Civil Veterinary Dept. Bombay admin report 1932-41 - 1932-1941
Year: 1932
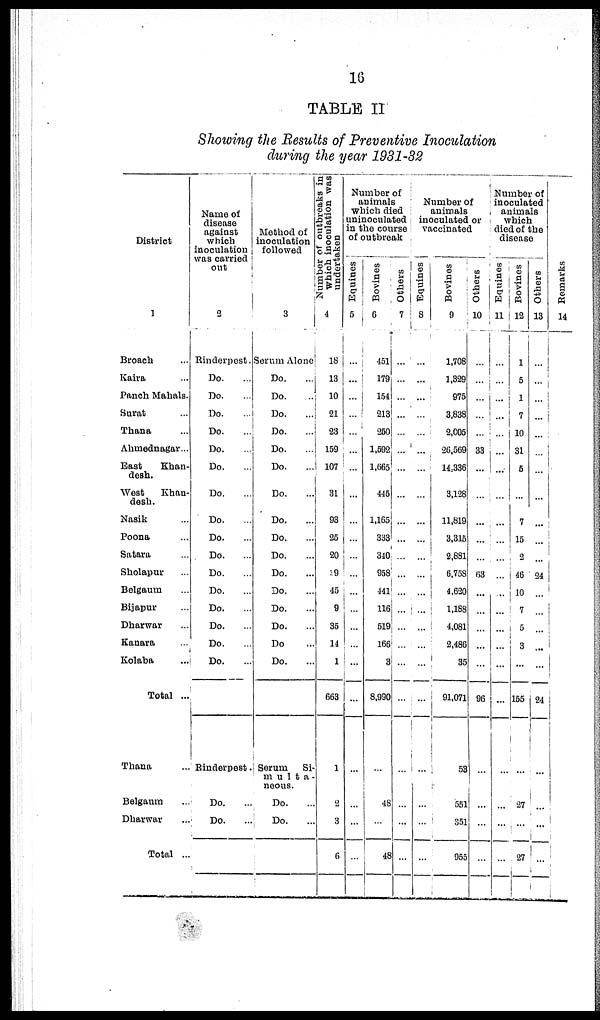
16
TABLE II
Showing the Results of Preventive Inoculation
during the year 1931-32
District
1
Broach ...
Kaira ...
Panch Mahals.
Surat ...
Thana ...
Ahmednagar...
East
Khan-
desh.
West
Khan-
desh.
Nasik ...
Poona ...
Satara ...
Sholapur ...
Belgaum ...
Bijapur ...
Dharwar ...
Kanara ...
Kolaba ...
Total ..
Thana ...
Belgaum ...
Dharwar ...
Total ..
Name of
disease
against
which
inoculation
was carried
out
2
Rinderpest.
Do. ...
Do. ...
Do. ...
Do. ...
Do. ...
Do. ...
Do. ...
Do. ...
Do. ...
Do. ...
Do. ...
Do. ...
Do. ...
Do. ...
Do. ...
Do. ...
Rinderpest.
Do. ...
Do. ...
Method of
inoculation
followed
3
Serum Alone
Do. ...
Do. ...
Do. ...
Do. ...
Do. ...
Do.
...
Do. ...
Do. ...
Do. ...
Do. ...
Do. ...
Do. ...
Do. ...
Do. ...
Do. ...
Do. ...
Serum Si-
multa -
neous.
Do. ...
Do. ...
Number OF outbreaks in
which inoculation was
undertaken
4
18
13
10
21
23
159
107
31
93
25
20
19
45
9
35
14
1
663
1
2
3
6
Number of
animals
Which died
uninoculated
in the course
of outbreak
Equines
5
...
...
...
...
...
...
...
...
...
...
...
...
...
...
...
...
...
...
...
...
...
...
Bovines
6
451
179
154
213
250
1,592
1,665
445
1,165
333
340
958
441
116
519
166
3
8,990
...
48
...
48
Others
7
...
...
...
...
...
...
...
...
...
...
...
...
...
...
...
...
...
...
...
...
...
...
Number of
animals
inoculated or
vaccinated
Equines
8
...
...
...
...
...
...
...
...
...
...
..
...
...
...
...
...
...
...
...
...
...
...
Bovines
9
1,708
1,329
975
3,838
2,005
26,569
14,336
3,128
11,819
3,315
2,881
6,758
4,620
1,188
4,081
2,486
35
91,071
...
551
351
955
Others
10
...
...
...
...
...
33
...
...
...
...
...
63
...
...
...
...
...
96
...
...
...
...
Number of
inoculated
animals
which
died of the
disease
Equines
11
...
...
...
...
...
...
...
...
...
...
...
...
...
...
...
...
...
...
...
...
...
...
Bovines
12
1
5
1
7
10
31
5
...
7
15
2
46
10
7
5
3
...
155
...
27
...
27
Others
13
...
...
...
...
...
...
...
...
...
...
...
24
...
...
...
...
...
24
...
...
...
...
Remarks
14
...
...
...